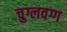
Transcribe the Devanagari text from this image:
चुग्लवग्ग